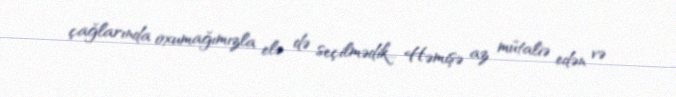
çağlarında oxumağımızla elə də seçilmədik... Həmişə az mütaliə edən və